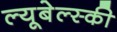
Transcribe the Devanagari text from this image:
ल्यूबेल्स्की